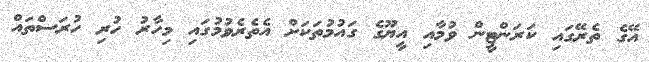
އޭގެ ތެރޭގައި ކަރަންޓީން ވުމާއި އީޔޫގެ ގައުމުތަކަށް އެތެރެވުމުގައި މިހާރު ހުރި ހުރަސްތައް